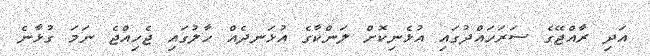
އަދި ރާއްޖޭގެ ސަރަހައްދުގައި އުޅެނިކޮށް ލަންކާގެ އުޅަނދެއް ހާލުގައި ޖެހިއްޖެ ނަމަ ގުޅާނެ